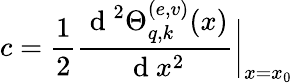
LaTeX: c=\frac{1}{2}\frac{\mathrm{~d~}^{2}\Theta_{q,k}^{(e,v)}(x)}{\mathrm{~d~}x^{2}}\bigg|_{x=x_{0}}